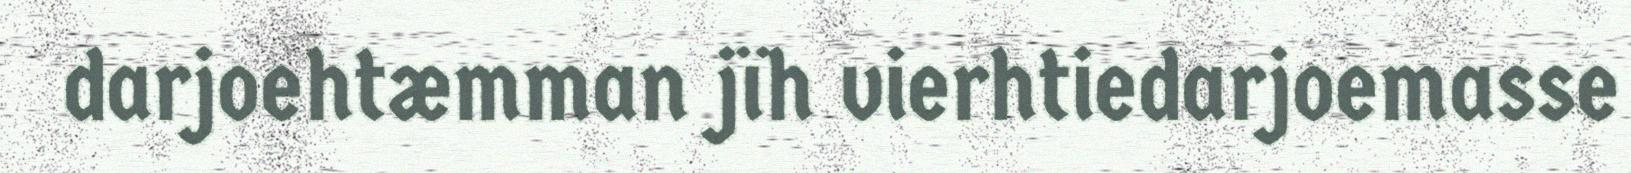
darjoehtæmman jïh vierhtiedarjoemasse